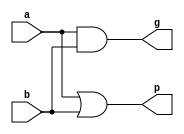
/* TODO: INSERT NAME AND PENNKEY HERE */

`timescale 1ns / 1ps
`default_nettype none

/**
 * @param a first 1-bit input
 * @param b second 1-bit input
 * @param g whether a and b generate a carry
 * @param p whether a and b would propagate an incoming carry
 */
module gp1(input wire a, b,
           output wire g, p);
   assign g = a & b;
   assign p = a | b;
endmodule

/**
 * Computes aggregate generate/propagate signals over a 4-bit window.
 * @param gin incoming generate signals 
 * @param pin incoming propagate signals
 * @param cin the incoming carry
 * @param gout whether these 4 bits collectively generate a carry (ignoring cin)
 * @param pout whether these 4 bits collectively would propagate an incoming carry (ignoring cin)
 * @param cout the carry outs for the low-order 3 bits
 */
module gp4(input wire [3:0] gin, pin,
           input wire cin,
           output wire gout, pout,
           output wire [2:0] cout);
   assign gout = gin[3] | (gin[2] & pin[3]) | (gin[1] & pin[3] & pin[2]) | (gin[0] & pin[3] & pin[2] & pin[1]);
   assign pout = (& pin);
   assign cout[0] = gin[0] | (pin[0] & cin);
   assign cout[1] = gin[1] | (pin[1] & gin[0]) | (pin[1] & pin[0] & cin);
   assign cout[2] = gin[2] | (pin[2] & gin[1]) | (pin[2] & pin[1] & gin[0]) | (pin[2] & pin[1] & pin[0] & cin);
endmodule

/**
 * 16-bit Carry-Lookahead Adder
 * @param a first input
 * @param b second input
 * @param cin carry in
 * @param sum sum of a + b + carry-in
 */
module cla16
  (input wire [15:0]  a, b,
   input wire         cin,
   output wire [15:0] sum);
    wire[15:0] g;
    wire[15:0] p;
    wire[3:0] gout;
    wire[3:0] pout;
    wire[15:0] cout;
    genvar i;
      for(i=0;i<15;i=i+1) begin
            gp1 mygp1 (.a(a[i]),.b(b[i]),.g(g[i]),.p(p[i]));
      end
    gp4 mygp41 (.gin(g[3:0]),.pin(p[3:0]),.cin(cin),.gout(gout[0]),.pout(pout[0]),.cout(cout[2:0]));
    gp4 mygp42 (.gin(g[7:4]),.pin(p[7:4]),.cin(cout[3]),.gout(gout[1]),.pout(pout[1]),.cout(cout[6:4]));
    gp4 mygp43 (.gin(g[11:8]),.pin(p[11:8]),.cin(cout[7]),.gout(gout[2]),.pout(pout[2]),.cout(cout[10:8]));
    gp4 mygp44 (.gin(g[15:12]),.pin(p[15:12]),.cin(cout[11]),.gout(gout[3]),.pout(pout[3]),.cout(cout[14:12]));
    gp4 mygp4top (.gin(gout[3:0]),.pin(pout[3:0]),.cin(cin),.gout(),.pout(),.cout({cout[11],cout[7],cout[3]}));
    assign sum[0] = a[0] ^ b[0] ^ cin;  
    genvar j;
      for(j=1;j<16;j=j+1) begin
            assign sum[j] = a[j] ^ b[j] ^ cout[j-1];
      end
endmodule


/** Lab 2 Extra Credit, see details at
  https://github.com/upenn-acg/cis501/blob/master/lab2-alu/lab2-cla.md#extra-credit
 If you are not doing the extra credit, you should leave this module empty.
 */
module gpn
  #(parameter N = 4)
  (input wire [N-1:0] gin, pin,
   input wire  cin,
   output wire gout, pout,
   output wire [N-2:0] cout);
 
endmodule